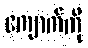
ကျောက်ကို